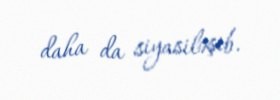
daha da siyasiləşib.